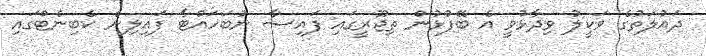
ދައުލަތުގެ ވަކީލު ވިދާޅުވީ އެ ބޭފުޅުން ތިޖޫރީގައި ފައިސާ ނުބަހައްޓާ ފައިލިން ކެބިނެޓްގައި